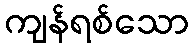
ကျန်ရစ်သော